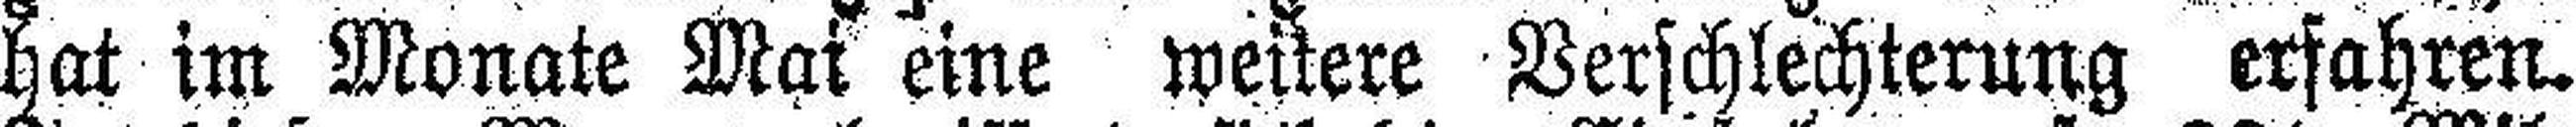
hat im Monate Mai eine weitere Verschlechterung erfahren.